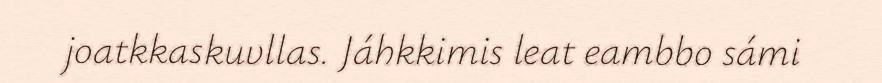
joatkkaskuvllas. Jáhkkimis leat eambbo sámi